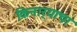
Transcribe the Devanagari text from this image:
किनार्‍याचा